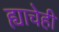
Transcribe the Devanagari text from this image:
ह्याचेही